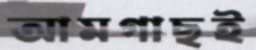
আমগাছই